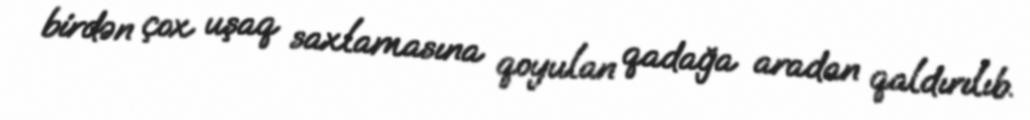
birdən çox uşaq saxlamasına qoyulan qadağa aradan qaldırılıb.